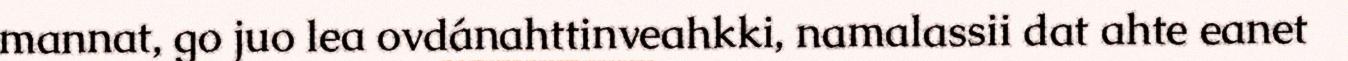
mannat, go juo lea ovdánahttinveahkki, namalassii dat ahte eanet